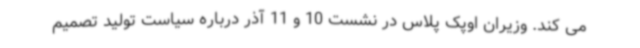
می کند. وزیران اوپک پلاس در نشست 10 و 11 آذر درباره سیاست تولید تصمیم